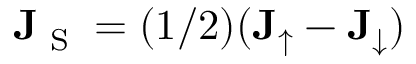
\mathbf { J } _ { \textrm { S } } = ( 1 / 2 ) ( \mathbf { J } _ { \uparrow } - \mathbf { J } _ { \downarrow } )